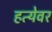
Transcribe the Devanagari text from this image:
हत्येवर